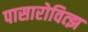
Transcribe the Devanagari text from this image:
पासारोवित्झ